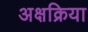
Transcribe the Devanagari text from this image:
अक्षक्रिया